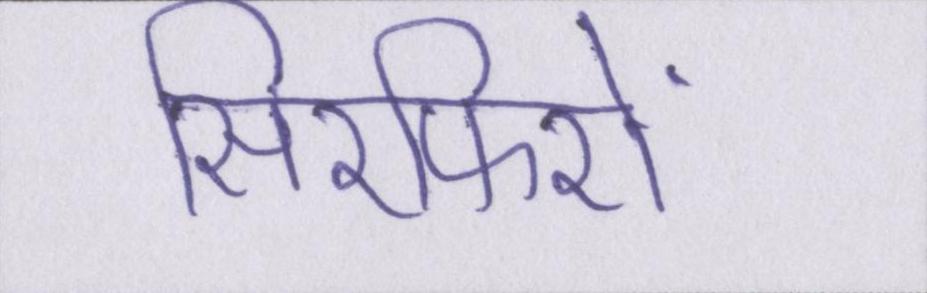
सिरफिरों